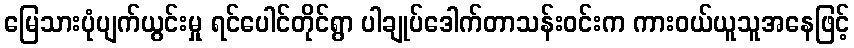
မြေသားပုံပျက်ယွင်းမှု ရင်ပေါင်တိုင်ရွာ ပါချုပ်ဒေါက်တာသန်းဝင်းက ကားဝယ်ယူသူအနေဖြင့်